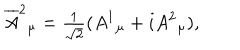
\overline { { { A } } } ^ { 2 } { } _ { \mu } = { \textstyle { \frac { 1 } { \sqrt { 2 } } } } ( A ^ { 1 } { } _ { \mu } + i A ^ { 2 } { } _ { \mu } ) ,